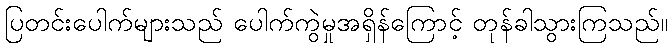
ပြတင်းပေါက်များသည် ပေါက်ကွဲမှုအရှိန်ကြောင့် တုန်ခါသွားကြသည်။